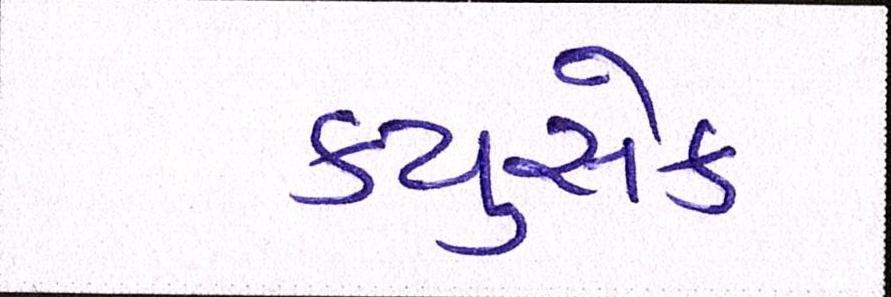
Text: ક્યુસેક